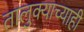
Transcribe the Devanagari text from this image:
तालुक्याच्याही